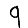
Digit: 9